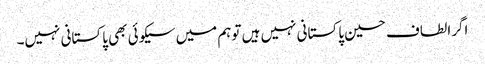
اگرالطاف حسین پاکستانی نہیں ہیں توہم میں سیکوئی بھی پاکستانی نہیں۔